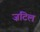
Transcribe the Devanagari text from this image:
ज़टिल